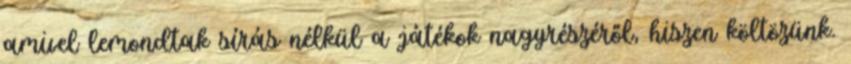
amivel lemondtak sírás nélkül a játékok nagyrészéről, hiszen költözünk.